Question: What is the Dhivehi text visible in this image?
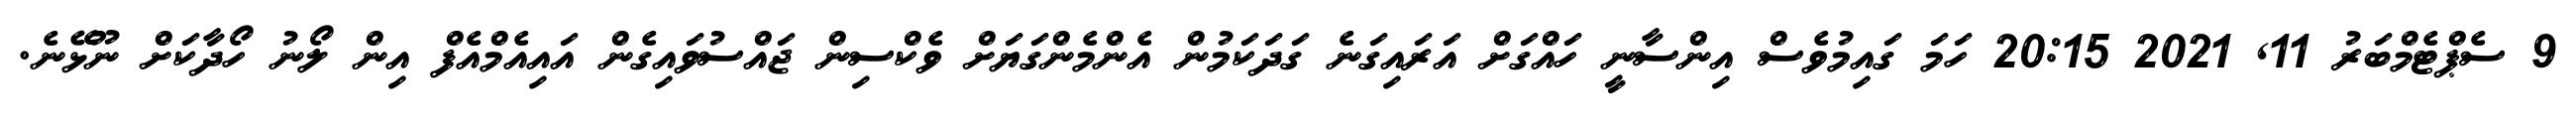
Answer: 9 ސެޕްޓެމްބަރު 11, 2021 20:15 ހަމަ ގައިމުވެސް އިންސާނީ ހައްގަށް އަރައިގަނެ ގަދަކަމުން އެންމެންގަޔަށް ވެކްސިން ޖައްސުވައިގެން އައިއެމްއެފް އިން ލޯނު ހޯދާކަށް ނޫޅޭނެ.